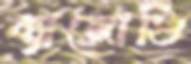
ব্যাজোক্তি